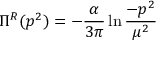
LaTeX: \Pi ^ { R } ( p ^ { 2 } ) = - \frac { \alpha } { 3 \pi } \ln \frac { - p ^ { 2 } } { \mu ^ { 2 } }